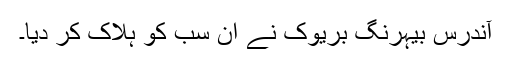
آندرس بیہرنگ بریوک نے ان سب کو ہلاک کر دیا۔